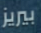
بيريز